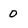
Character: 0